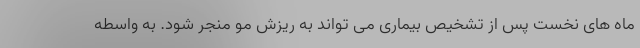
ماه های نخست پس از تشخیص بیماری می تواند به ریزش مو منجر شود. به واسطه